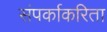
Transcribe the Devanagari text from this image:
संपर्काकरिता